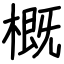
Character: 概